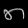
Digit: ၈